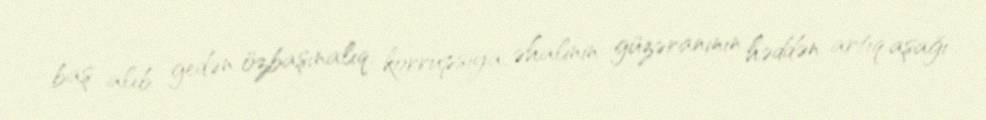
baş alıb gedən özbaşınalıq, korrupsiya, əhalinin güzəranının həddən artıq aşağı